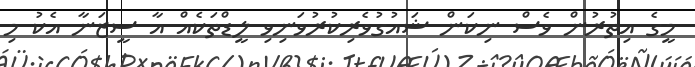
މީގެ އިތުރުން ވެސް ނިކަން ޝައުގުވެރިކުރުވަނިވި ލީޑްތަކެއް އާ ސީޒަނާ އެކު މި